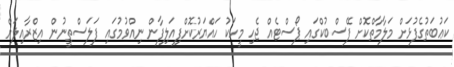
ކަޢުބަތުގެފުޅަށް މަލާމާތްކޮށް ފޭސްބުކްގައި ޕޯސްޓެއް ޖެހި މީހަކު ހައްޔަރުކޮށްފިއަލިފާން ނިއްވުމުގައި ފަލަސްތީނުން އިޒްރާއިލަށް